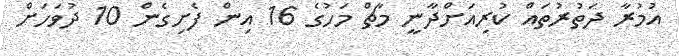
އުމުރާ ދަތުރުތައް ކުރިއަށްދާނީ މާޗް މަހުގެ 16 އިން ފެށިގެން 10 ދުވަހަށް